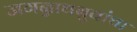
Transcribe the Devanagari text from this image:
जगन्नाथबुवांचा